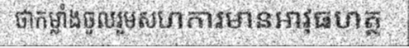
ថាកម្លាំងចូលរួមសហការមានអាវុធហត្ថ